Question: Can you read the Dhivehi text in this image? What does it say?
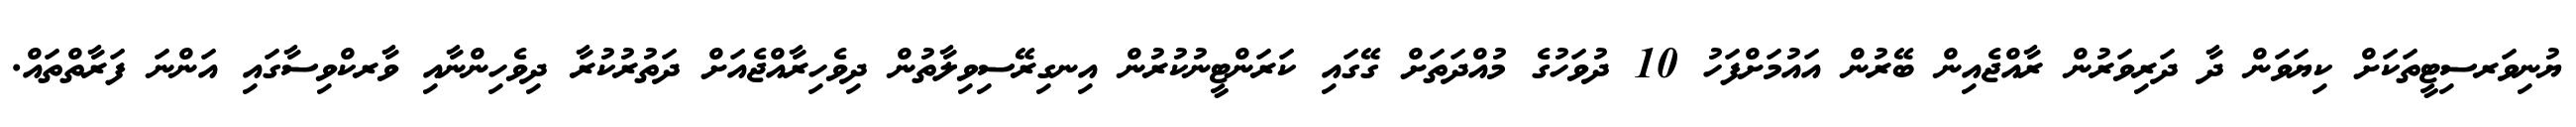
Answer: ޔުނިވަރސިޓީތަކަށް ކިޔަވަން ދާ ދަރިވަރުން ރާއްޖެއިން ބޭރުން އައުމަށްފަހު 10 ދުވަހުގެ މުއްދަތަށް ގޭގައި ކަރަންޓީނުކުރުން އިނގިރޭސިވިލާތުން ދިވެހިރާއްޖެއަށް ދަތުރުކުރާ ދިވެހިންނާއި ވާރކްވިސާގައި އަންނަ ފަރާތްތައް.